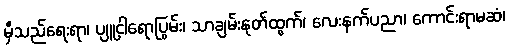
မှီသည်ရေးရာ၊ ပျူငှါရောပြွမ်း၊ သာချမ်းနုတ်ထွက်၊ လေးနက်ပညာ၊ ကောင်းရာမဆံ၊